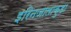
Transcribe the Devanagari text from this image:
इरिनजालाकुडा